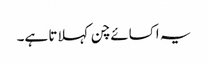
یہ اکسائے چن کہلاتا ہے۔